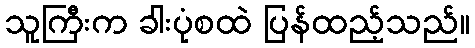
သူကြီးက ခါးပုံစထဲ ပြန်ထည့်သည်။